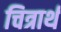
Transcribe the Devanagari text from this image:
चित्रार्थ